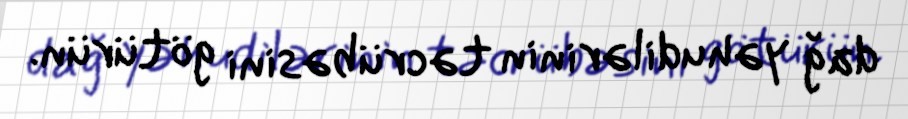
dağ yəhudilərinin təcrübəsini götürün.